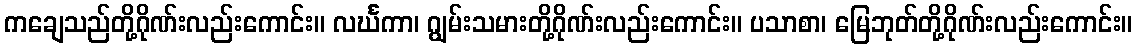
ကချေသည်တို့ဂိုဏ်းလည်းကောင်း။ လင်္ဃကာ၊ ဂျွမ်းသမားတို့ဂိုဏ်းလည်းကောင်း။ ပသာစာ၊ မြေဘုတ်တို့ဂိုဏ်းလည်းကောင်း။